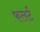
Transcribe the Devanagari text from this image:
फलर्ट